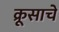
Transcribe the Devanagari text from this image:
क्रूसाचे